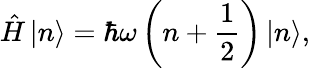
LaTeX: {\hat{H}}\left|n\right\rangle=\hbar\omega\left(n+{\frac{1}{2}}\right)\left|n\right\rangle,